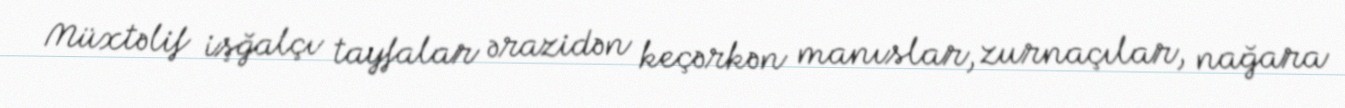
Müxtəlif işğalçı tayfalar ərazidən keçərkən manıslar, zurnaçılar, nağara